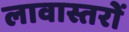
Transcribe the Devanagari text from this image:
लावास्तरोें